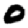
Digit: 0